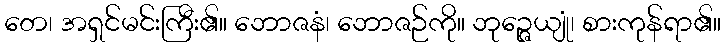
တေ၊ အရှင်မင်းကြီး၏။ ဘောဇနံ၊ ဘောဇဉ်ကို။ ဘုဉ္ဇေယျုံ၊ စားကုန်ရာ၏။